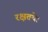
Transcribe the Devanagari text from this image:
रक्षतये।